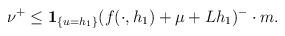
LaTeX: \begin{align*}\nu^{+}\le\mathbf{1}_{\{u=h_{1}\}}(f(\cdot, h_{1})+\mu+Lh_{1})^{-}\cdot m.\end{align*}